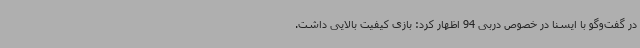
در گفت‌وگو با ایسنا در خصوص دربی 94 اظهار کرد: بازی کیفیت بالایی داشت.